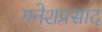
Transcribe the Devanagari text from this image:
गनेशप्रसाद